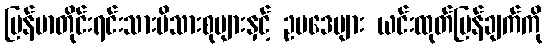
မြန်မာတိုင်းရင်းသားမိသားစုများနှင့် ဥပဒေများ ယင်းထုတ်ပြန်ချက်ကို